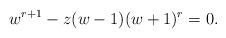
LaTeX: \begin{align*} w^{r+1}-z(w-1)(w+1)^r=0.\end{align*}